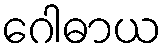
ဂေါဓာယ